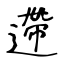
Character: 遰